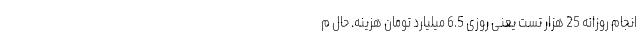
انجام روزانه 25 هزار تست یعنی روزی 6.5 میلیارد تومان هزینه. حال م